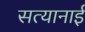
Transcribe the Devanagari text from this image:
सत्यानाई